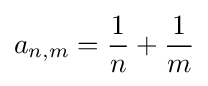
a_{n,m}={\frac {1}{n}}+{\frac {1}{m}}